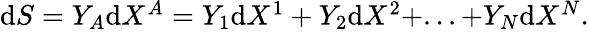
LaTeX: \begin{array}{r}{\mathrm{d}S=Y_{A}\mathrm{d}X^{A}=Y_{1}\mathrm{d}X^{1}+Y_{2}\mathrm{d}X^{2}+...+Y_{N}\mathrm{d}X^{N}.}\end{array}